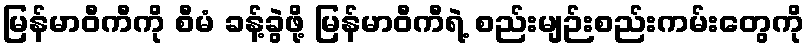
မြန်မာဝီကီကို စီမံ ခန့်ခွဲဖို့ မြန်မာဝီကီရဲ့ စည်းမျဉ်းစည်းကမ်းတွေကို